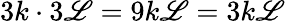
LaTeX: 3k\cdot3\mathscr{L}=9k\mathscr{L}=3k\mathscr{L}